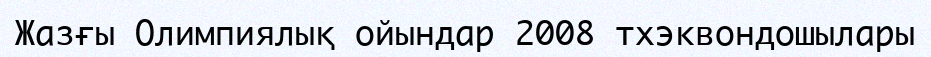
Жазғы Олимпиялық ойындар 2008 тхэквондошылары